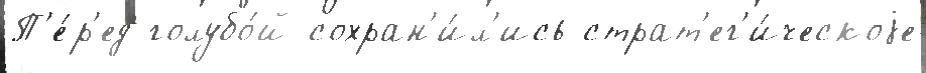
П'е́р'ед голубо́й сохран'и́л'ись страт'ег'и́ческоjе